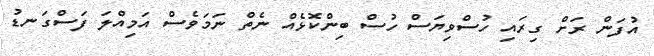
އުފަން ރަށް ގިރައި ހުސްވިޔަސް ހުސް ބިންކޮޅެއް ނެތް ނަމަވެސް އަމިއްލަ ފަސްގަނޑު